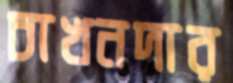
চাখনদার